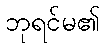
ဘုရင်မ၏